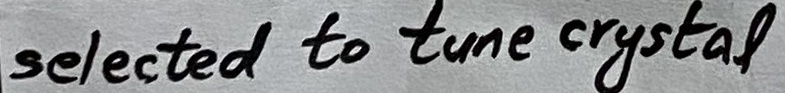
Text: selected to tune crystal